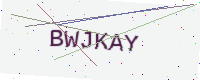
Text: BWJKAY